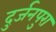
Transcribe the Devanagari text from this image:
दुर्जनपुरा